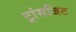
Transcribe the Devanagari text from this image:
ट्रांसजिट